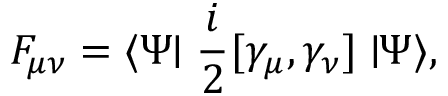
F _ { \mu \nu } = \langle \Psi \! \! \mid \frac { i } { 2 } [ \gamma _ { \mu } , \gamma _ { \nu } ] \mid \! \! \Psi \rangle ,